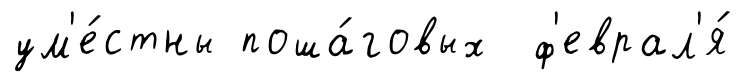
ум'е́стны поша́говых ф'еврал'я́